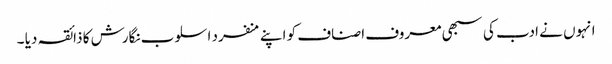
انہوں نے ادب کی سبھی معروف اصناف کو اپنے منفرد اسلوب نگارش کا ذائقہ دیا ۔